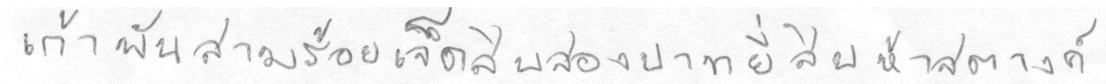
เก้าพันสามร้อยเจ็ดสิบสองบาทยี่สิบห้าสตางค์